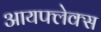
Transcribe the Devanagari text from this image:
आयफ्लेक्स